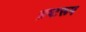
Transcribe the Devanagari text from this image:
भ्रष्टरूप